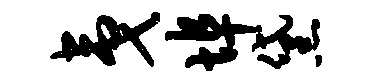
夷埠黛